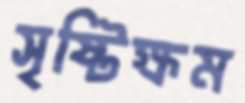
সৃষ্টিক্ষম